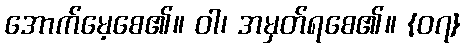
အောက်မေ့စေ၏။ ဝါ၊ အမှတ်ရစေ၏။ {၀၇}